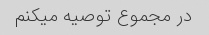
در مجموع توصیه میکنم